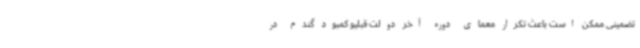
تضمینی ممکن است باعث تکرار معمای دوره آخر دولت قبلیو کمبود گندم در